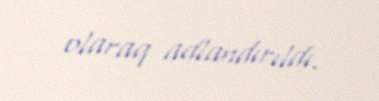
olaraq adlandırıldı.